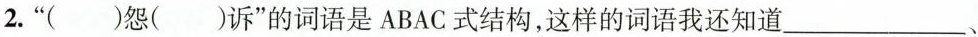
2.”()怨()诉”的词语是ABAC式结构，这样的词语我还知道___、